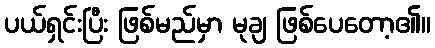
ပယ်ရှင်းပြီး ဖြစ်မည်မှာ မုချ ဖြစ်ပေတော့၏။